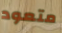
متعود